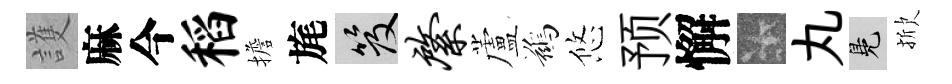
護麻今稻擔旄笈綮蘆鷀悠预懈卡丸鳬掀